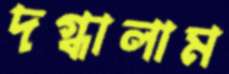
দগ্ধালাম